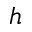
h